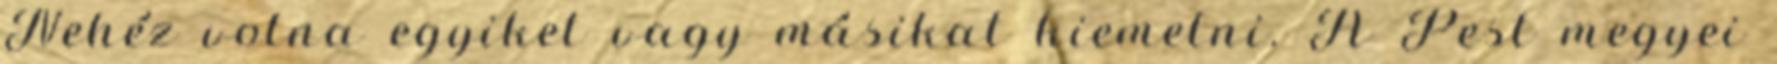
Nehéz volna egyiket vagy másikat kiemelni. A Pest megyei